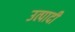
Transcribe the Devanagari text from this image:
उत्पादी